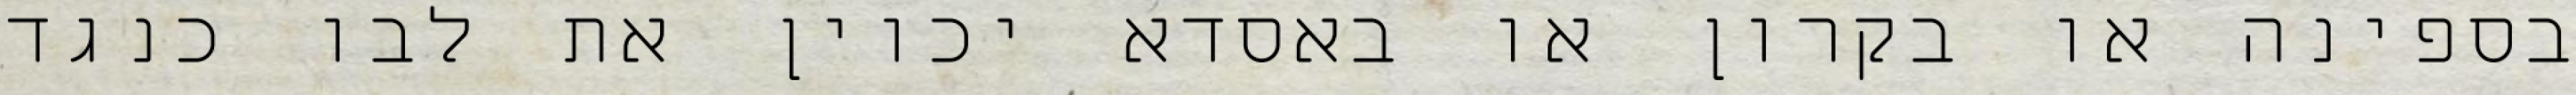
בספינה או בקרון או באסדא יכוין את לבו כנגד